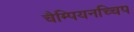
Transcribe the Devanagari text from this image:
चैम्पियनच्चिप